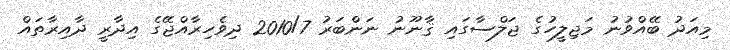
މިއަދު ބޭއްވުނު މަޖިލީހުގެ ޖަލްސާގައި ޤާނޫނު ނަންބަރު 2010/7 ދިވެހިރާއްޖޭގެ އިދާރީ ދާއިރާތައް